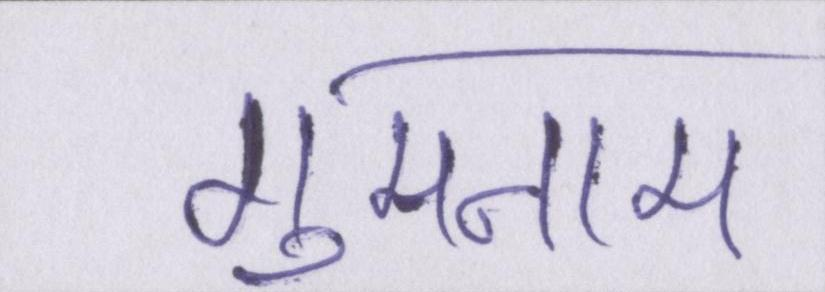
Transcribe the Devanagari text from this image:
गुमनाम